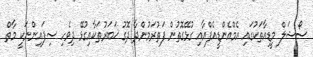
ސޯޝަލް މީޑިއާތަކުގައި އެމްއެންޑީއެފްއާއި ގުޅޭގޮތުން ފަތުރަމުންދާ ދޮގު ޚަބަރުތަކާއިގުޅޭ ދިވެހިި ސިފައިންނަކީ މާތް